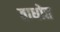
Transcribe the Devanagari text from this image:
बाधोत